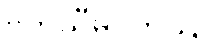
ဗဟိသီမဂတဿ